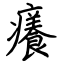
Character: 癢